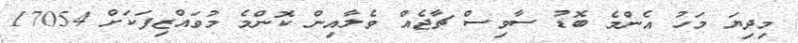
މިދިޔަ މަހު އެންމެ ބޮޑު ސާވިސް ޗާޖެއް ވެލާއިން ކޮންމެ މުވައްޒިފަކަށް 17054